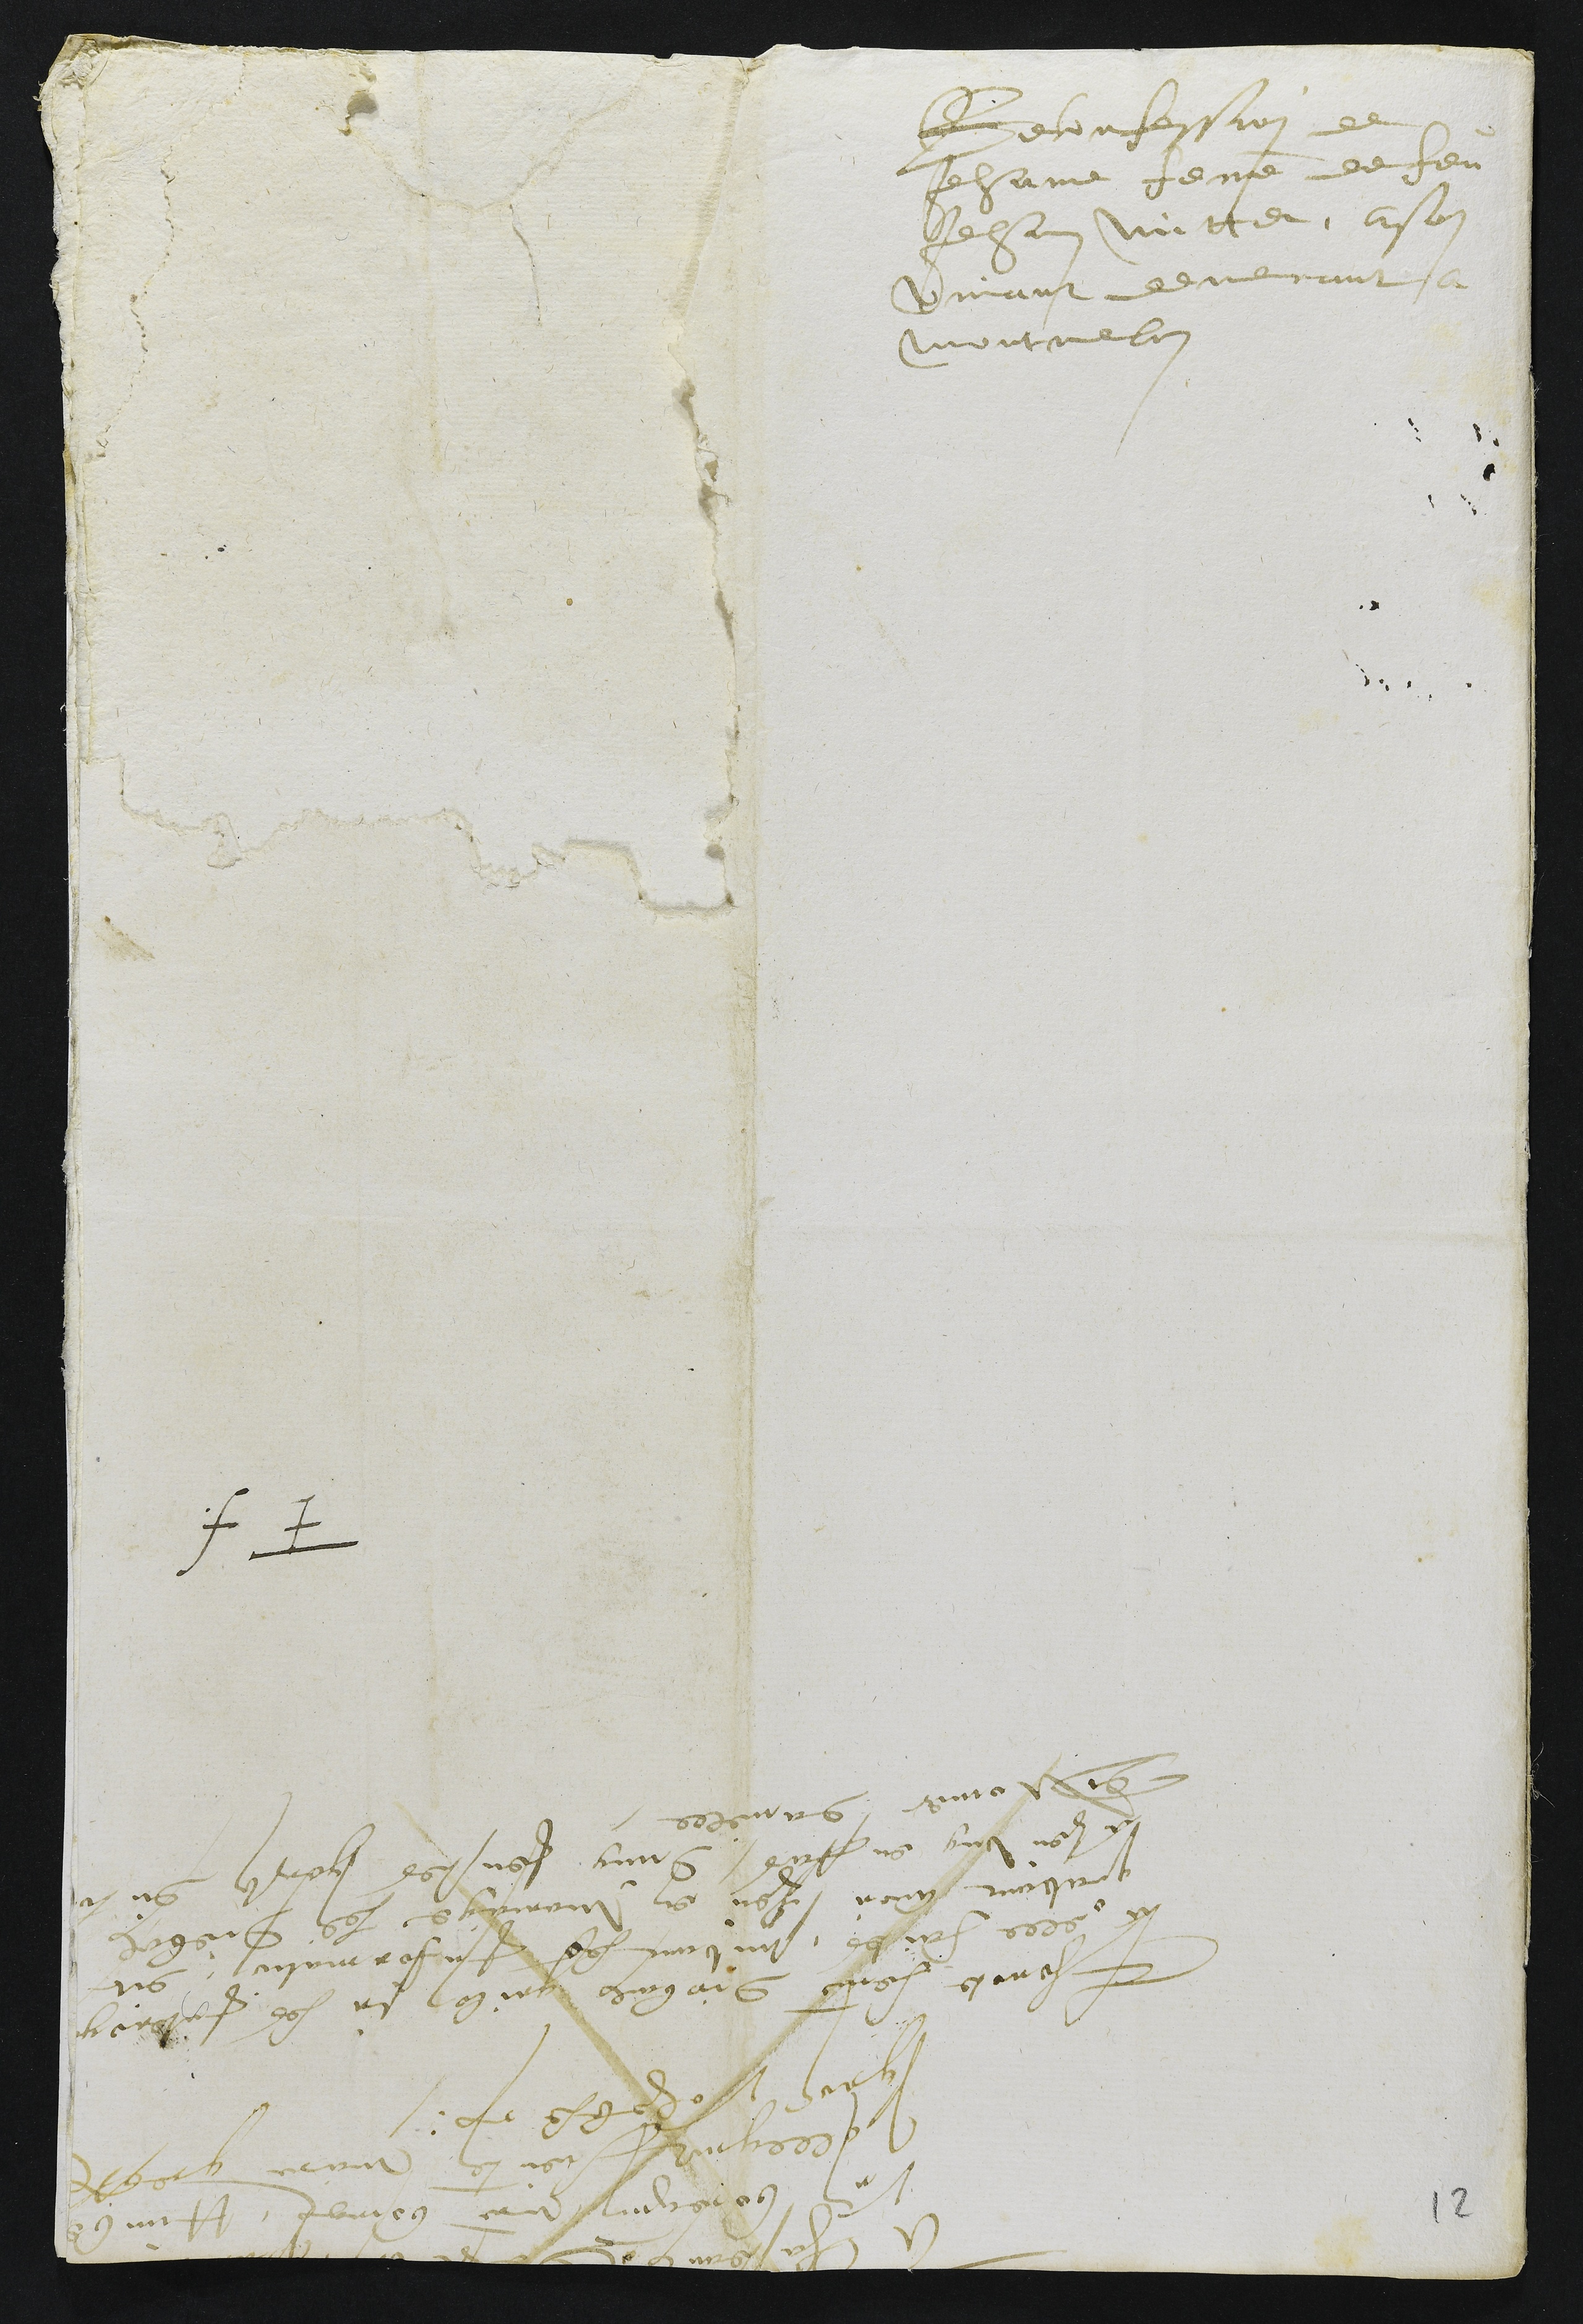
Reconfession de
Jehane femme de feu
Jehan Mittet, a son
vivant demeurant a
Montmelon
A Chasteau de St Ursanne presents
Ursanne boregnon maitre bourgeois Humbert
Pollegnot Lieutenant maire greffier
gros Voheble.
Thonote femme diebaulx grilon sur les interogaux
a elle faites, suivant les Information, dit
quavant avoir heu en mariage ledit dDiebolx
a heu ung enffans dung Jeusnes garson du Locle
de Nomer danielle.
F f.
12